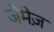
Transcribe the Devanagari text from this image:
जेमेज़